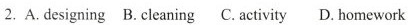
2. A. designing B. cleaning C. activity D. homework